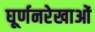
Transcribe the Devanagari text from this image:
घूर्णनरेखाओं